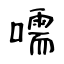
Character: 嚅